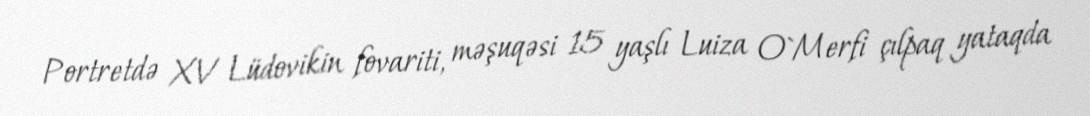
Portretdə XV Lüdovikin fovariti, məşuqəsi 15 yaşlı Luiza O`Merfi çılpaq yataqda